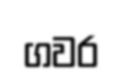
ගවර